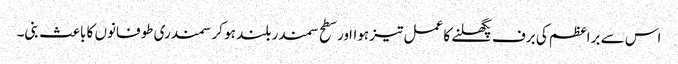
اس سے براعظم کی برف پگھلنے کا عمل تیز ہوااور سطح سمندر بلند ہو کر سمندری طوفانوں کا باعث بنی۔